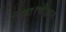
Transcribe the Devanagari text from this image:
लिया।चौहान